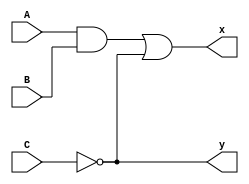
`timescale 1ns / 1ps




module mylogic(
	input A,
	input B,
	input C,
	output x,
	output y
    );
	wire e;

		and g1(e,A,B);
		not g2(y, C);
		or  g3(x,e,y);

endmodule